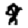
Digit: 8